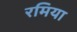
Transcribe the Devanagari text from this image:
रमिया